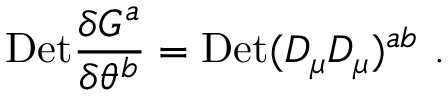
\mathrm { { D e t } } { \frac { \delta G ^ { a } } { \delta \theta ^ { b } } } = { \mathrm { D e t } } ( D _ { \mu } { \cal D } _ { \mu } ) ^ { a b } \ .